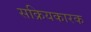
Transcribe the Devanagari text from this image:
सक्रियकारक